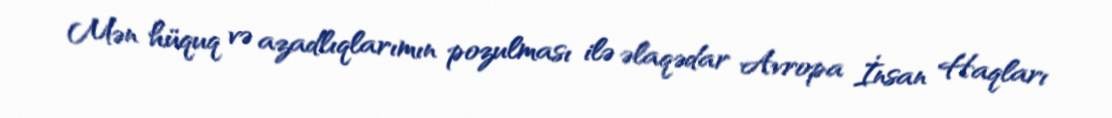
Mən hüquq və azadlıqlarımın pozulması ilə əlaqədar Avropa İnsan Haqları